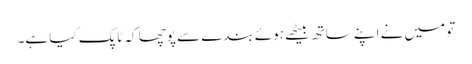
تو میں نے اپنے ساتھ بیٹھے ہوئے بندے سے پوچھا کہ ٹاپک کیا ہے۔